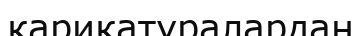
карикатуралардан